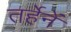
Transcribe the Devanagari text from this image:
तर्हेनें